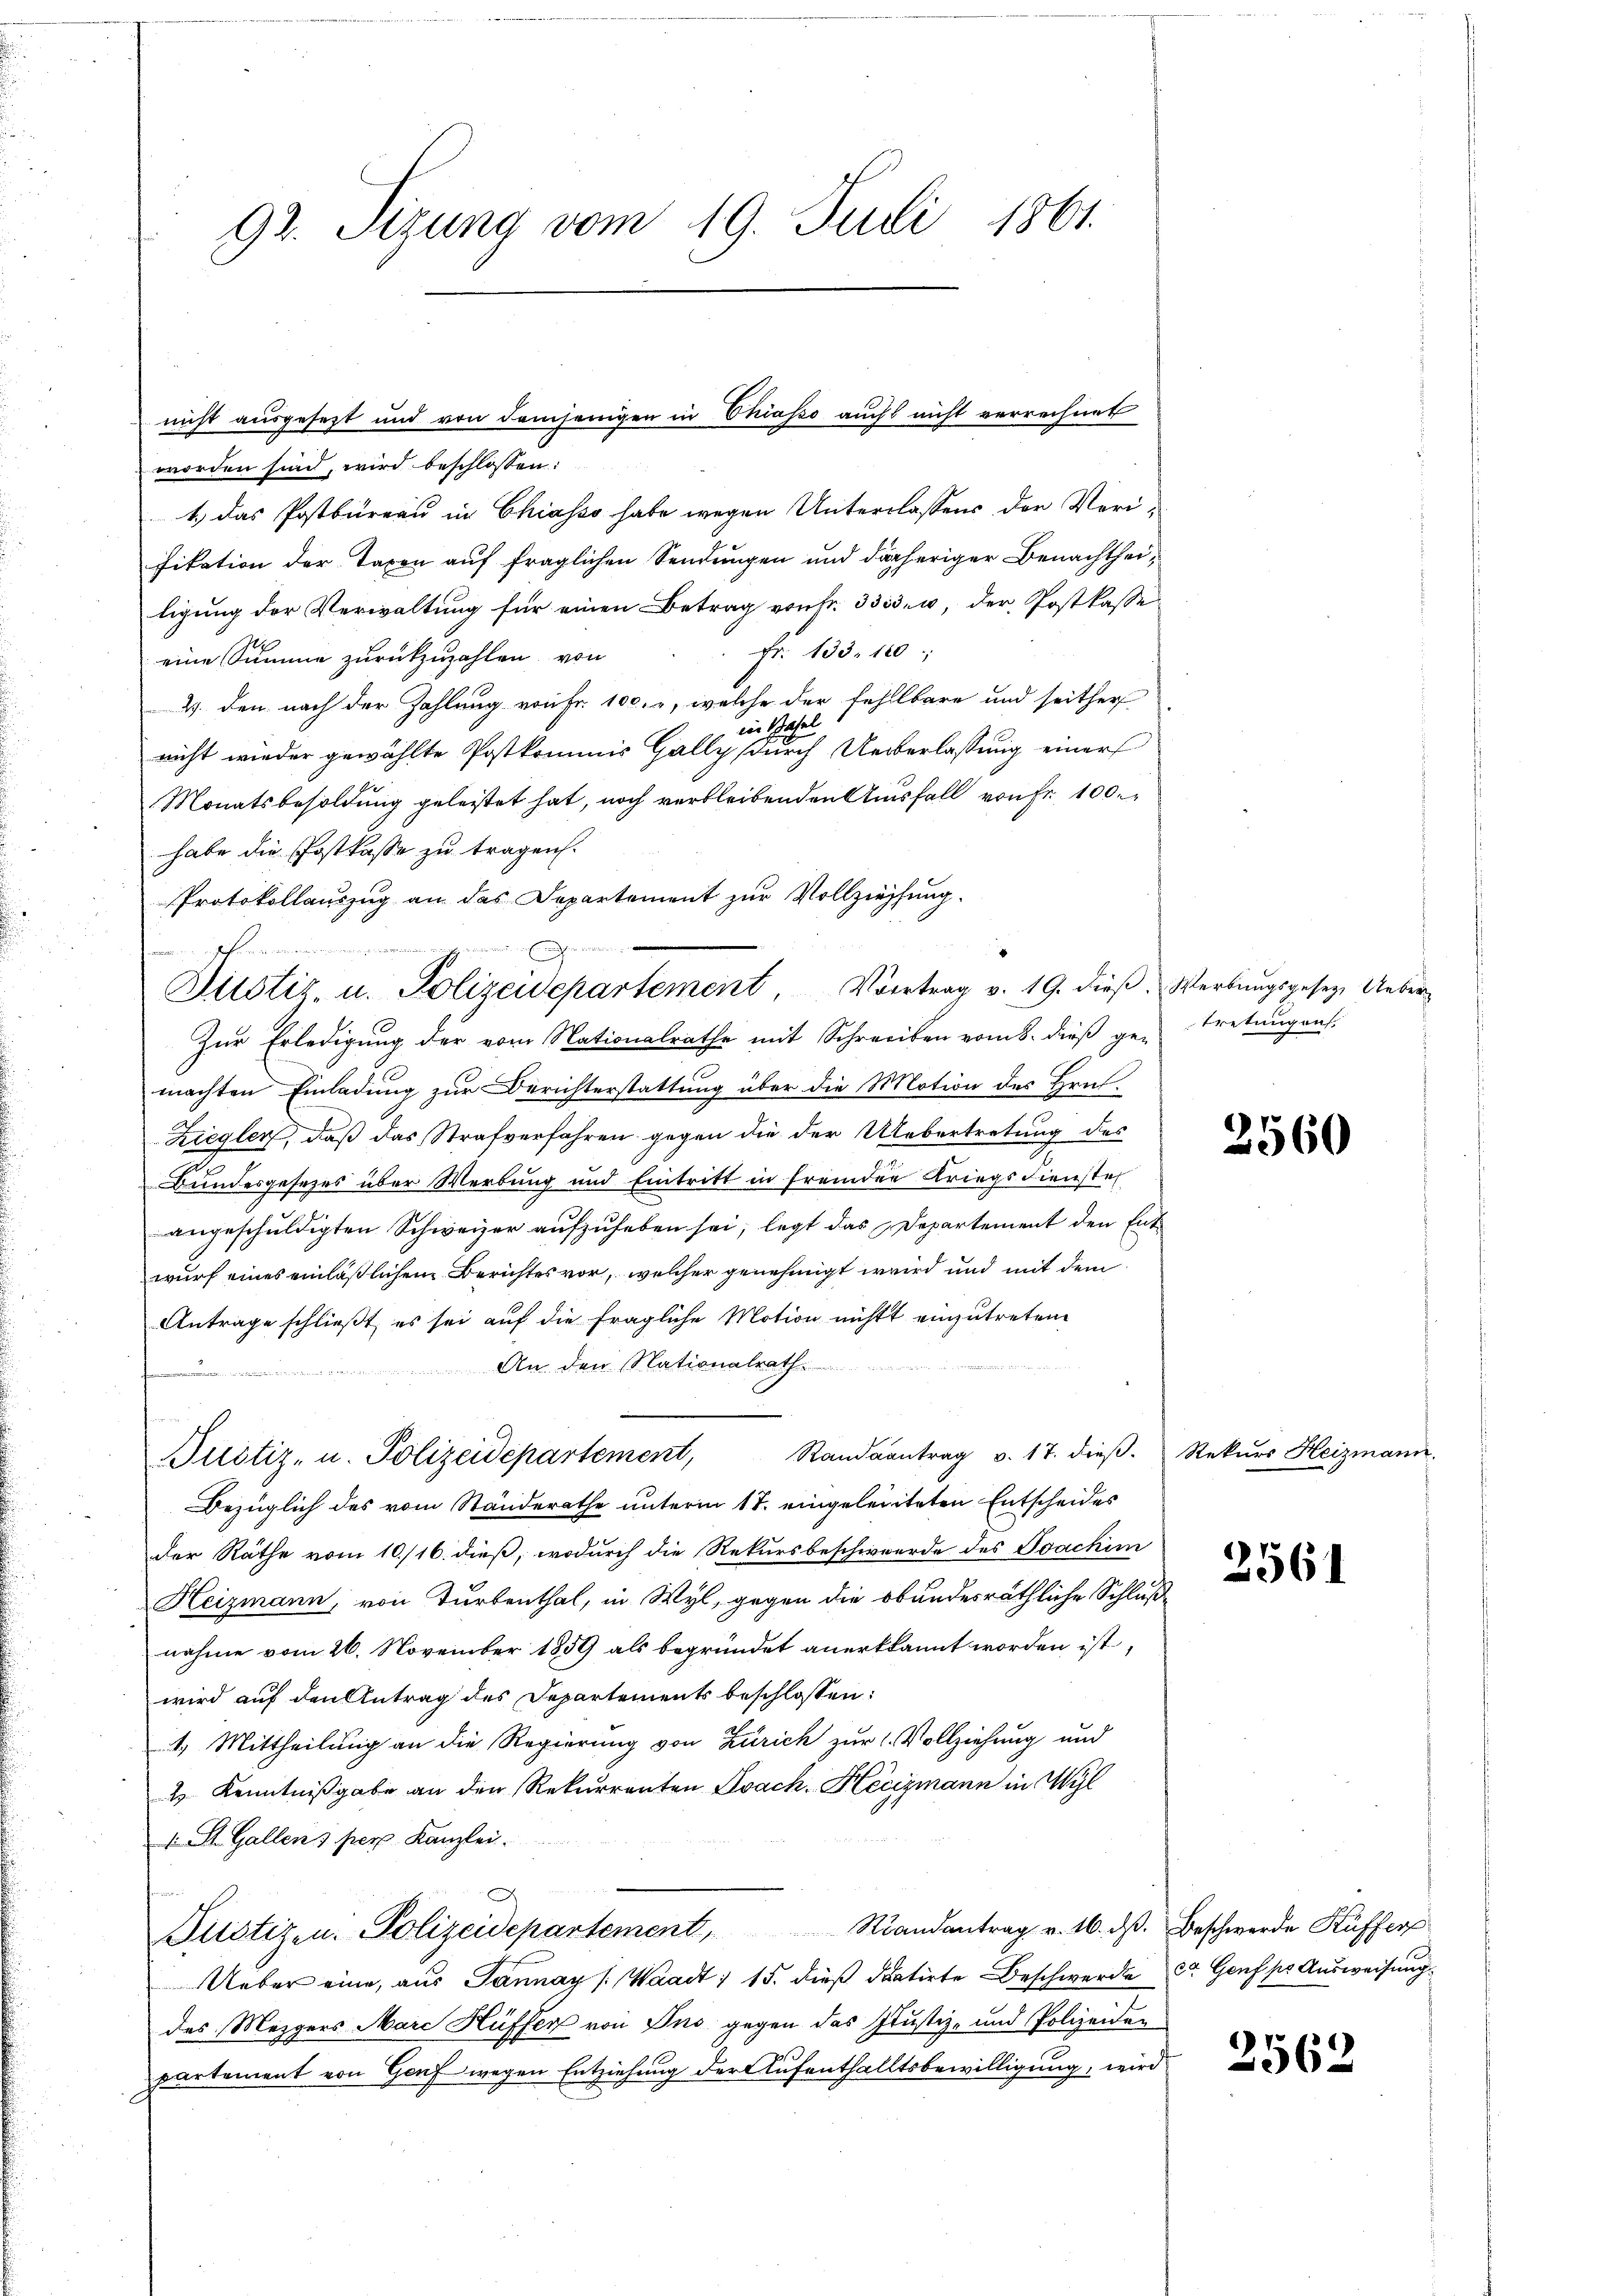
worden sind, wird beschlossen:
1.) Das Postbureau in Chiasso habe wegen Unterlassens der Verifikation der Taxen auf fraglichen Sendungen und daheriger Benachtheiligung der Verwaltung für einen Betrag von Fr. 3333. u. der Postkasse
Fr. 133. 180
eine Summe zurückzuzahlen, von
2. den nach der Zahlung von Fr. 100. r, welche der fehlbare und seither
in Basel
nicht wieder gewählte Postkommis Gally durch Ueberlassung einer
Monatsbesoldung geleistet hat, noch verbleibenden Ausfall von Fr. 100.
habe die Postkasse zu tragen.
Protokollauszug an das Departement zur Vollziehung.
Zur Erledigung der vom Nationalrathe mit Schreiben vom 8. dieß ge-
machten Einladung zur Berichterstattung über die Motion des Hrn.
Ziegler, daß das Strafverfahren gegen die der Uebertretung des
Bundesgesetzes über Werbung und Eintritt in fremden Kriegsdienstel
angeschuldigten Schweizer aufzuheben sei, legt das Departement den Ent-
wurf eines einläßlichen Berichtes vor, welcher genehmigt wird und mit dem
Antrage schließt, es sei auf die fragliche Motion nicht einzutreten
An den Nationalrath.

Pustiz- u. Polizeidepartement, Randsantrag v. 17. dieβ. Rekŭrs Heizmann.
Bezüglich des vom Ständerathe unterm 17. eingeleiteten Entscheides
der Räthe vom 10./16. dieß, wodurch die Rekursbeschwerde des Joachimi
Heizmann, von Turbenthal, in Wyl, gegen die bundesräthliche Schlußnahme vom 26. November 1859 als begründet anerkannt worden ist,
wird auf den Antrag des Departements beschlossen:
4.) Mittheilung an die Regierung von Zürich zur 1. Vollziehung und
4 Kenntnißgabe an den Rekurrenten Evack, Hecizmann in Wyl
1 St. Gallens per Kanzlei.
Pilotizen. Polizeidepartement Randantrag v. 16. dβ. Beschwerde Küffer
Ueber eine, aus Tannay (Waadt) 15. dieß datirte Beschwerde er Genf pr Ausweisung.
des Mezgers Marc Hüffer von Ins gegen das Justiz- und Polizeiden
partement von Genf wegen Entziehung der Aufenthalltsbewilligung, wird

ich in einen einenen einen auch genen
Ditstiz- u. Polizeidepartement, Vortrag v. 19. dieß. Werbungsgesetzt Ueber¬

93. Sizung vom 19. Juli 1861.

nicht ausgesetzt und von demjenigen in Chiasso auch nicht verrechnet

tretungen.

2560

2564

2562